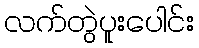
လက်တွဲပူးပေါင်း